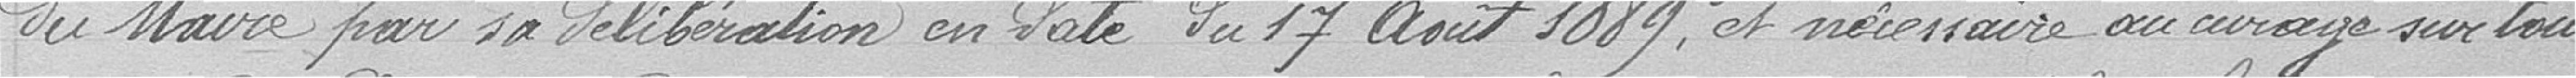
du Maire par sa délibération en date du 17 août 1889, et nécessaire au curage sur toute